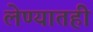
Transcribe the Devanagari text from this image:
लेण्यातही